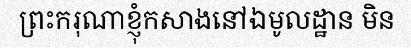
ព្រះករុណាខ្ញុំកសាងនៅឯមូលដ្ឋាន មិន